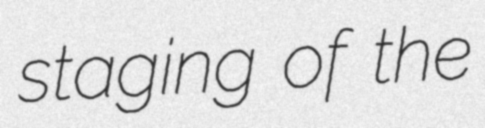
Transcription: staging of the